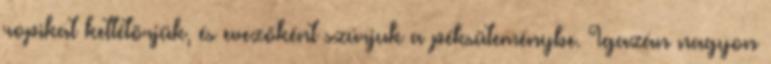
ropikat kettétörjük, és evezőként szúrjuk a péksüteménybe. Igazán nagyon